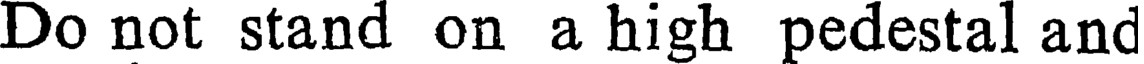
Do not stand on a high pedestal and